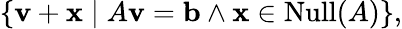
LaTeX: \left\{ \mathbf{v}+\mathbf{x}\mid A\mathbf{v}=\mathbf{b}\land\mathbf{x}\in\operatorname{Null}(A)\right\} ,